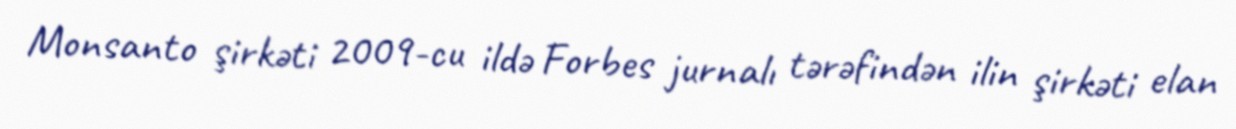
Monsanto şirkəti 2009-cu ildə Forbes jurnalı tərəfindən ilin şirkəti elan